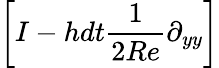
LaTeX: \left[I-hdt\frac{1}{2Re}\partial_{yy}\right]